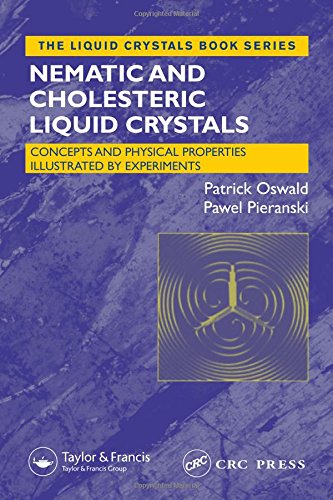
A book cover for Nematic and Cholesteric Liquid Crystals: Concepts and Physical Properties Illustrated by Experiments (Liquid Crystals Book Series); Patrick Oswald; Science & Math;